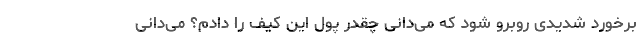
برخورد شدیدی روبرو شود که می‌دانی چقدر پول این کیف را دادم؟ می‌دانی